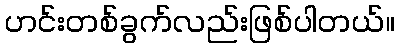
ဟင်းတစ်ခွက်လည်းဖြစ်ပါတယ်။